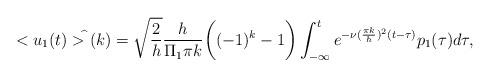
LaTeX: \begin{align*}<u_1(t)>^{\widehat{}}(k)=\sqrt{\frac{2}{h}}\frac{h}{\Pi_1\pi k}\bigg((-1)^k-1\bigg) \int_{-\infty}^t e^{-\nu (\frac{\pi k}{h})^2(t-\tau)}p_1(\tau)d\tau,\end{align*}